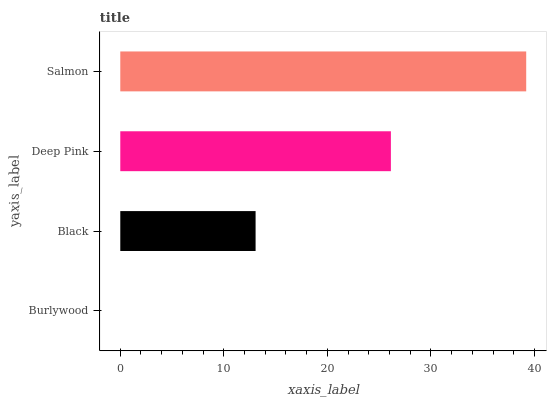
| yaxis_label | bars |
 | --- | --- |
 | Burlywood | 0 |
 | Black | 13.1 |
 | Deep Pink | 26.1 |
 | Salmon | 39.2 |